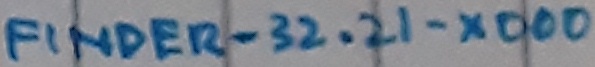
Text: FINDER-32.21-X000